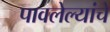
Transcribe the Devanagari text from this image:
पावलेल्यांचे